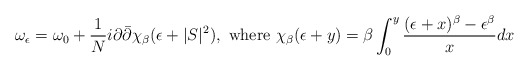
\begin{align*}\omega_{\epsilon}=\omega_{0}+\frac{1}{N}i\partial \bar{\partial}\chi_{\beta}(\epsilon+|S|^2),\ \textrm{where}\ \chi_{\beta}(\epsilon+y)=\beta\int^{y}_{0}\frac{(\epsilon+x)^{\beta}-\epsilon^{\beta}}{x}dx\end{align*}